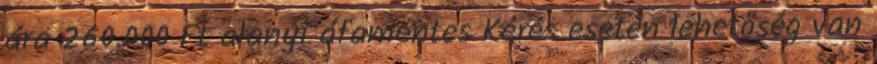
ára 260.000 Ft alanyi áfamentes Kérés esetén lehetőség van